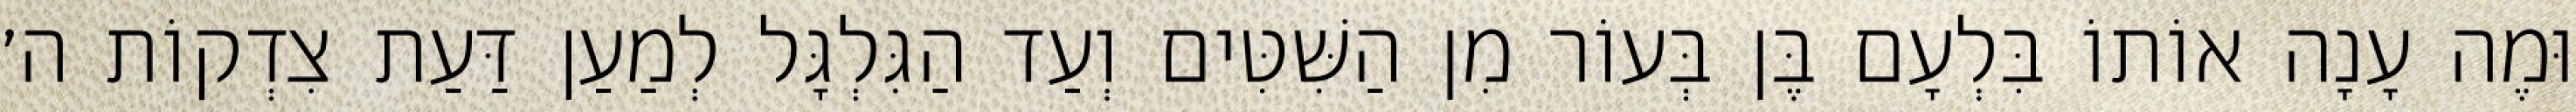
וּמֶה עָנָה אוֹתוֹ בִּלְעָם בֶּן בְּעוֹר מִן הַשִּׁטִּים וְעַד הַגִּלְגָּל לְמַעַן דַּעַת צִדְקוֹת ה׳